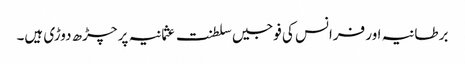
برطانیہ اور فرانس کی فوجیں سلطنت عثمانیہ پر چڑھ دوڑی ہیں۔